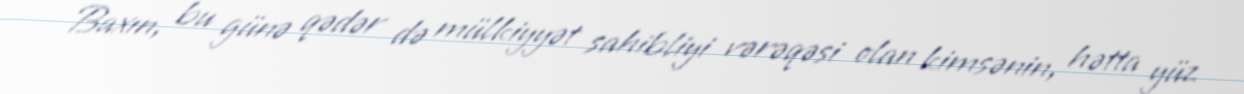
Baxın, bu günə qədər də mülkiyyət sahibliyi vərəqəsi olan kimsənin, hətta yüz